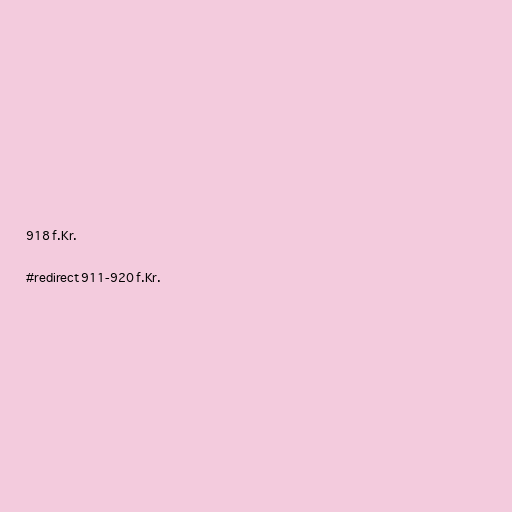
918 f.Kr.

#redirect 911-920 f.Kr.